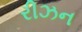
રીઝન